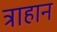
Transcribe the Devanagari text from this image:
त्राहान